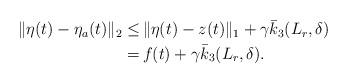
LaTeX: \begin{align*}\begin{aligned}\|\eta(t)-\eta_a(t)\|_2 \le &\, \|\eta(t)-z(t)\|_1 +\gamma \bar{k}_3(L_r,\delta) \\= &\, f(t) +\gamma \bar{k}_3(L_r,\delta).\end{aligned}\end{align*}